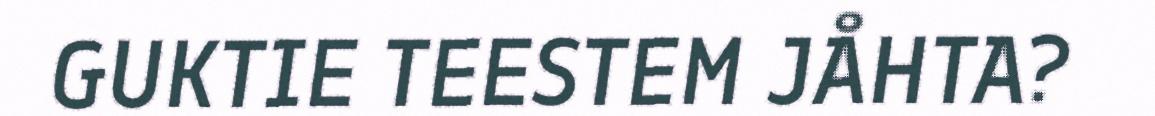
GUKTIE TEESTEM JÅHTA?